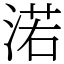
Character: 渃